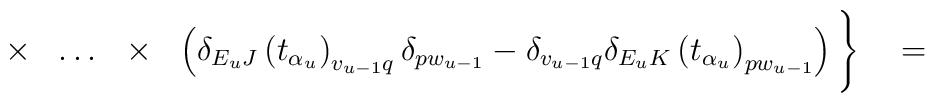
\times\ \ \ldots\ \ \times	\ \ \left(\delta_{E_uJ}\left(t_{\alpha_u}\right)_{v_{u-1}q}	\delta_{pw_{u-1}}-\delta_{v_{u-1}q}\delta_{E_uK}\left(t_{	\alpha_u}\right)_{pw_{u-1}}\right)\Bigg\}\quad=